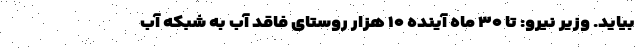
بیاید. وزیر نیرو: تا ۳۰ ماه آینده ۱۰ هزار روستای فاقد آب به شبکه آب